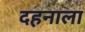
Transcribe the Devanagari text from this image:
दहनाला